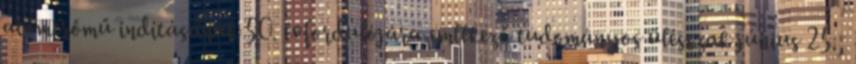
atomerőmű indításának 50. évfordulójára emlékező tudományos ülésszak június 25.,